Annual returns of the Patna Lunatic Asylum at Bankipore in Bihar and Orissa - 1912-1924
Year: 1912
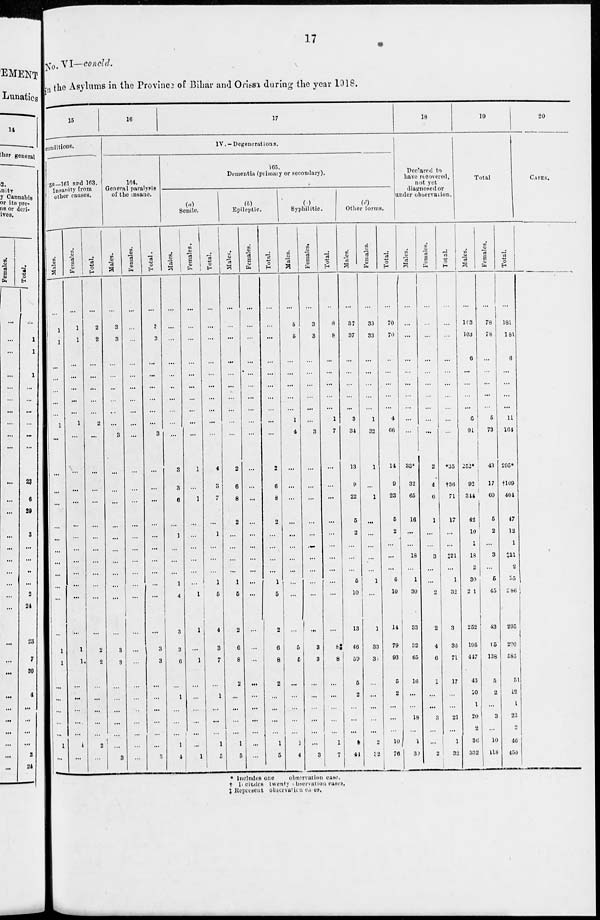
17
No. VI—concld.
in the Asylums in the Province of Bihar and Orissa during the year 1918.
15
conditions.
158—161 and 163.
Insanity from
other causes.
Males.
...
1
1
...
...
...
...
...
1
...
...
...
...
...
...
...
...
...
...
...
...
1
1
...
...
...
...
' ...
1
...
Females.
...
1
1
...
...
...
...
...
1
...
...
...
...
...
...
...
...
...
...
...
...
1
1
...
...
...
...
...
1
...
Total.
...
2
2
...
...
...
...
...
2
...
...
...
...
...
...
...
...
...
...
...
...
2
2
...
...
...
...
...
2
...
16
17
IV.—Degenerations.
164.
General paralysis
of the insane.
Males.
...
3
3
...
...
...
...
...
...
3
...
...
...
...
...
...
...
...
...
...
...
3
3
...
...
...
...
...
...
3
Females.
...
...
...
...
...
...
...
...
...
...
...
...
...
...
...
...
...
...
...
...
...
...
...
...
...
...
...
...
...
...
Total.
...
3
3
...
...
...
...
...
...
3
...
...
...
...
...
...
...
...
...
...
...
3
3
...
...
...
...
...
...
3
165.
Dementia (primary or secondary).
(a)
Senile.
Males.
...
...
...
...
...
...
...
...
...
...
3
3
6
...
1
...
...
...
1
4
3
3
6
...
1
...
...
...
1
4
Females.
...
...
...
...
...
...
...
...
...
...
1
...
1
...
...
...
...
...
...
1
1
...
1
...
...
...
...
...
...
1
Total.
...
...
...
...
...
...
...
...
...
...
4
3
7
...
1
...
...
...
1
5
4
3
7
...
1
...
...
...
1
5
(b)
Epileptic.
Males.
...
...
...
...
...
...
...
...
...
...
2
6
8
2
...
...
...
...
1
5
2
6
8
2
...
...
...
...
1
5
Females.
...
...
...
...
...
...
...
...
...
...
...
...
...
...
...
...
...
...
...
...
...
...
...
...
...
...
...
...
...
...
Total.
...
...
...
...
...
...
...
...
...
...
2
6
8
2
...
...
...
...
1
5
2
6
8
2
...
...
...
...
1
5
(c)
Syphilitic.
Males.
...
5
5
...
...
...
...
...
1
4
...
...
...
...
...
...
...
...
...
...
...
5
5
...
...
...
...
...
1
4
Females.
...
3
3
...
...
...
...
...
...
3
...
...
...
...
...
...
...
...
...
...
...
3
3
...
...
...
...
...
...
3
Total.
...
8
8
...
...
...
...
...
1
7
...
...
...
...
...
...
...
...
...
...
...
8
8
...
...
...
...
...
1
7
(d)
Other forms.
Males.
...
37
37
...
...
...
...
...
3
34
13
9
22
5
2
...
...
...
5
10
13
46
59
5
2
...
...
...
8
44
Females.
...
33
33
...
...
...
...
...
1
32
1
...
1
...
...
...
...
...
1
...
1
33
34
...
...
...
...
...
2
32
Total.
...
70
70
...
...
...
...
...
4
66
14
9
23
5
2
...
...
...
6
10
14
79
93
5
2
...
...
...
10
76
18
Declared to
have recovered,
not yet
diagnosed or
under observation.
Males.
...
...
...
...
...
...
...
...
...
...
33*
32
65
16
...
...
18
...
1
30
33
32
65
16
...
...
18
...
1
30
Females.
...
...
...
...
...
...
...
...
...
...
2
4
6
1
...
...
3
...
...
2
2
4
6
1
...
...
3
...
...
2
Total.
...
...
...
...
...
...
...
...
...
...
*35
†36
71
17
...
...
‡21
...
1
32
35
36
71
17
...
...
21
...
1
32
19
Total.
Males.
...
103
103
6
...
...
...
...
6
91
252*
92
344
42
10
1
18
2
30
241
252
195
447
46
10
1
20
2
36
332
Females.
...
78
78
...
...
...
...
...
5
73
43
17
60
5
2
...
3
...
5
45
43
15
138
5
2
...
3
...
10
118
Total.
...
181
181
6
...
...
...
...
11
164
295*
†109
404
47
12
1
‡21
2
35
286
295
210
585
51
12
1
23
2
46
450
20
CASES.
* Includes one
observation case.
† Includes
twenty observation cases.
‡ Represent observation cases.